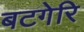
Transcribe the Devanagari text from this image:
बटगेरि